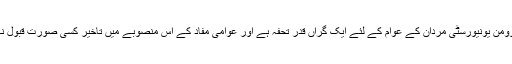
انہوں نے کہا کہ وومن یونیورسٹی مردان کے عوام کے لئے ایک گراں قدر تحفہ ہے اور عوامی مفاد کے اس منصوبے میں تاخیر کسی صورت قبول نہیں کی جائے گی۔